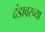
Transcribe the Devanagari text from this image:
दंडावरच्या